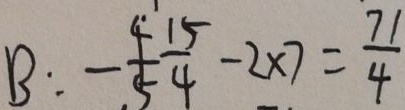
B : - \frac { 4 } { 5 } \frac { 1 5 } { 4 } - 2 \times 7 = \frac { 7 1 } { 4 }